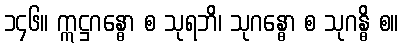
၁၄၆။ ဣဋ္ဌဂန္ဓော စ သုရဘိ၊ သုဂန္ဓော စ သုဂန္ဓိ စ။